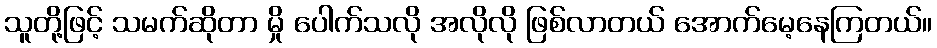
သူတို့ဖြင့် သမက်ဆိုတာ မှို ပေါက်သလို အလိုလို ဖြစ်လာတယ် အောက်မေ့နေကြတယ်။